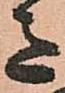
意